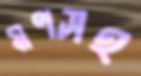
মণসহ